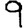
Digit: 9